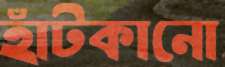
হাঁটকানো